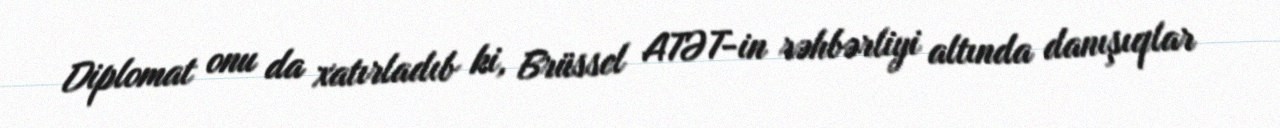
Diplomat onu da xatırladıb ki, Brüssel ATƏT-in rəhbərliyi altında danışıqlar